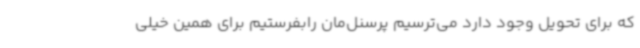
که برای تحویل وجود دارد می‌ترسیم پرسنل‌مان رابفرستیم برای همین خیلی